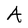
Character: A